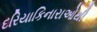
દરિયાકિનારાઓથી